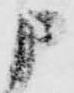
申